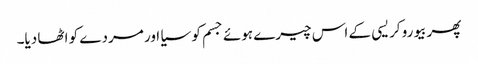
پھر بیورو کریسی کے اس چیرے ہوئے جسم کو سیا اور مردے کو اٹھا دیا۔